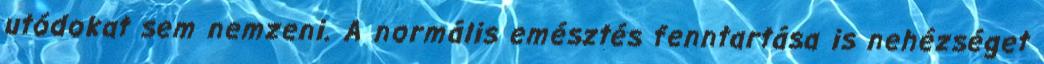
utódokat sem nemzeni. A normális emésztés fenntartása is nehézséget